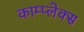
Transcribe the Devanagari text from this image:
काम्‍प्‍लेक्स